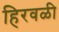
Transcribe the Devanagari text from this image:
हिरवळी